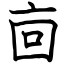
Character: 㐭